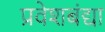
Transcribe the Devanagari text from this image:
प्रवेशबंद्या